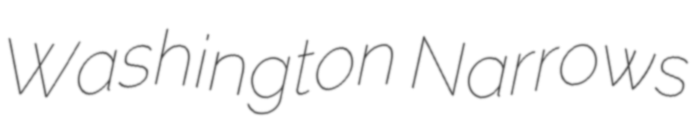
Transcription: Washington Narrows